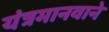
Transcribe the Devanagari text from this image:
यंत्रमानवाने